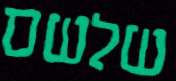
שלשם